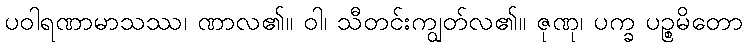
ပဝါရဏာမာသဿ၊ ဏာလ၏။ ဝါ၊ သီတင်းကျွတ်လ၏။ ဇုဏု၊ ပက္ခ ပဉ္စမိတော